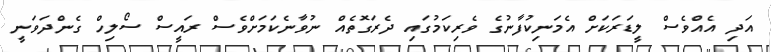
އަދި އެއްވެސް ލީޑަރަކަށް އެމަނިކުފާނުގެ ވެރިކަމުގައި ދެރަގޮތެއް ނުވާނެކަމަށްވެސް ރައީސް ސޯލިހް ގެންދަވަނީ